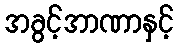
အခွင့်အာဏာနှင့်